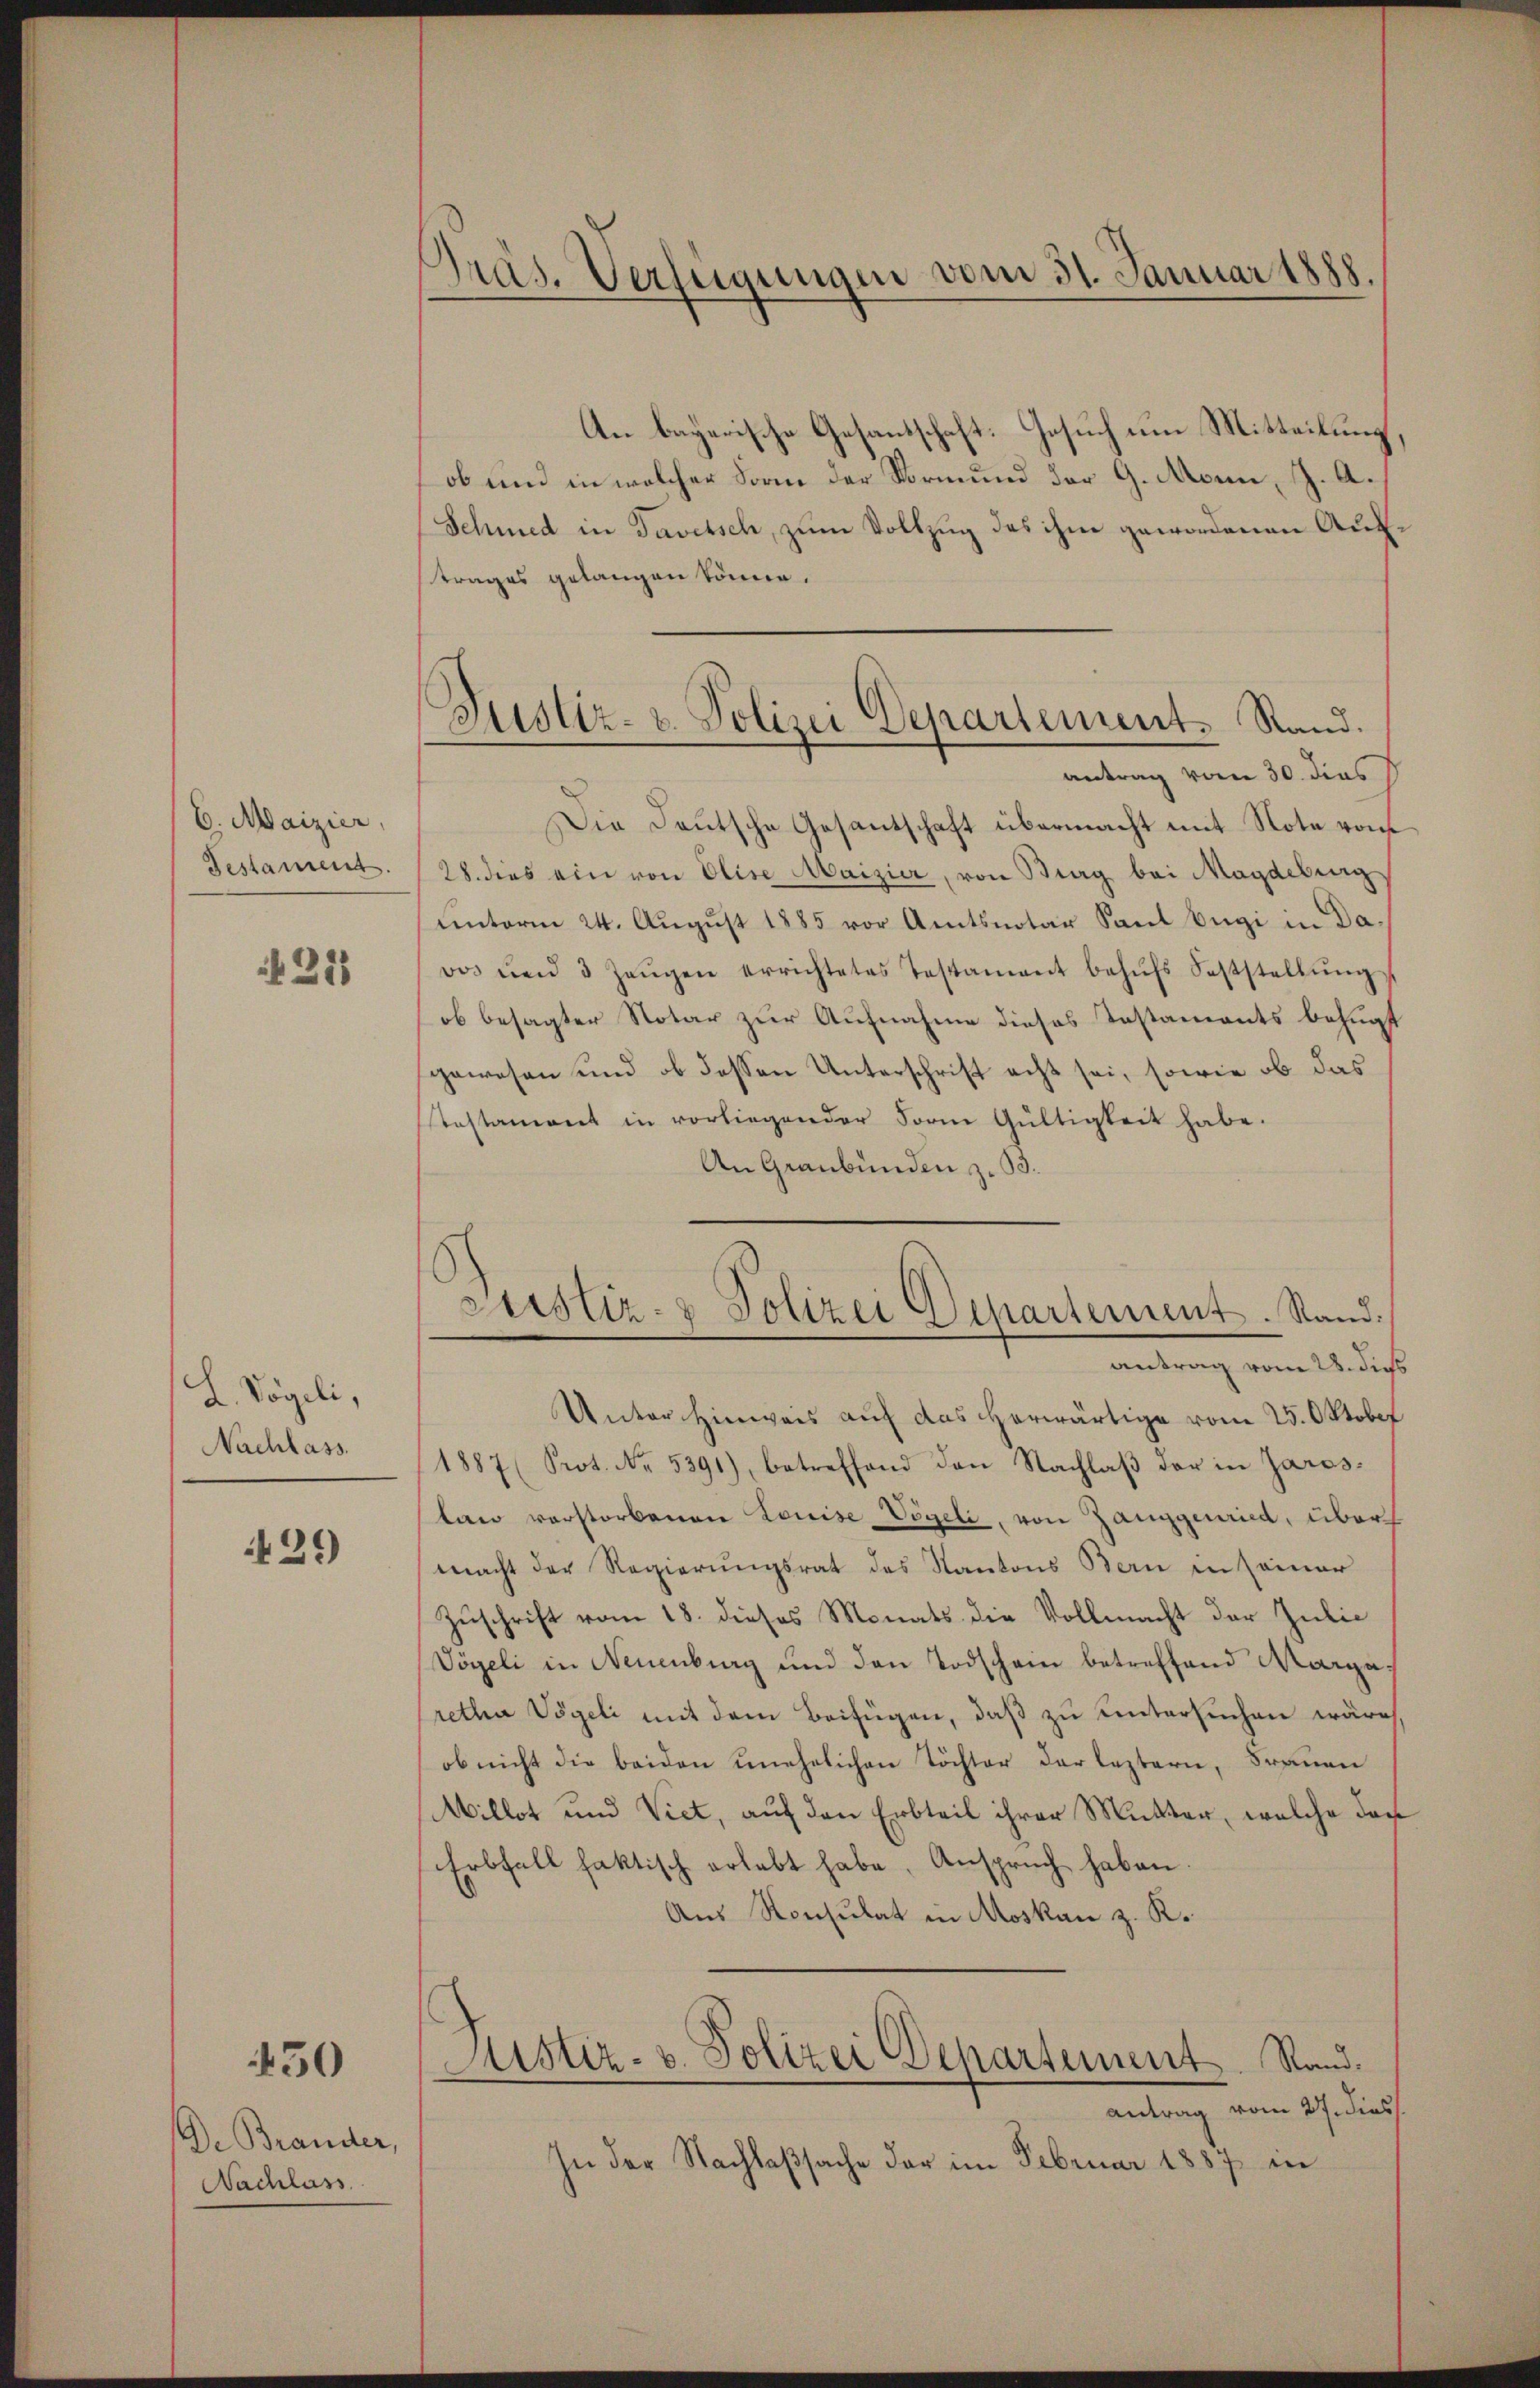
6. Maizier,
Testament.

21

L. Vögeli,
Nachlass.

439

450

De Brander,
Nachlass

Präs. Verfügungen vom 31. Januar 1888.

Justiz- & Polizei Departement. Stand.
antrag vom 30. dies

An bayerische Gesandschaft. Gesuch um Mitteilung,
ob und in welcher Sonne der Vormund der G. Mann, s. A¬
Schmed in Taversch, zum Vollzug des ihm gewordenen Auftrages gelangen könne.
Die Deutsche Gesantschaft übermacht mit Note von
28. dies ein von Elise Maizier, von Burg bei Magdeburg
unterm 24. August 1885 vor Amtsnotar Sant Bugi in Dados und 3 Zeŭgen errichtetes Testament behŭfs Feststellŭngs
ob besagter Notar zur Aufnahme dieses Testaments befugt
gewesen und ob dessen Unterschrift acht sei, sowie ob das
Pestament in vorliegender Form Gültigkeit habe.
An Graubünden z. B.
Justiz- & Polizei Departement. Stand.
antrag vom 28. dies
Unter Hinweis auf das herwärtige vom 25. Oktober
1887 (Prot. No. 5291), betreffend den Nachlaß der in Jaroslan verstorbenen Louise Vögeli, von Zanggenried, über
macht der Regierŭngsrat des Kantons Bern in seiner
Zuschrift vom 18. dieses Monats die Vollmacht der Julie
Vögeli in Neuenburg und den Todschein betreffend Margaretha Vögeli mit dem Beifügen, daß zu untersuchen wäre,
ob nicht die beiden unehelichen Töchter der leztern, Frauen
Millet und Viet, auf den Erbteil ihrer Mutter, welche dar
Erbfall faktisch erlebt habe, Anspruch haben
Aus Konsulat in Moskau z. K.
Justiz- u. Polizei Departement. Rand.
antrag vom 27. dies
In der Nachlaßsache der im Februar 1887 in